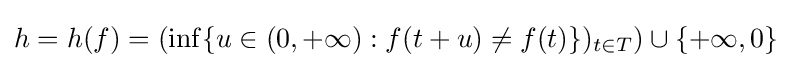
h=h(f)=(\inf\{u\in (0,+\infty ):f(t+u)\neq f(t)\})_{t\in T})\cup \{+\infty ,0\}